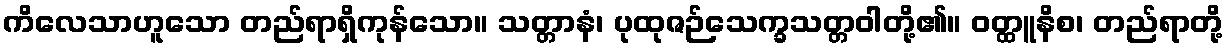
ကိလေသာဟူသော တည်ရာရှိကုန်သော။ သတ္တာနံ၊ ပုထုဇဉ်သေက္ခသတ္တဝါတို့၏။ ဝတ္ထူနိစ၊ တည်ရာတို့